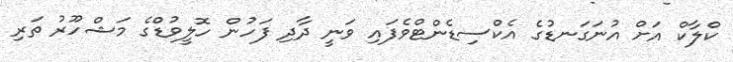
ކްލާކް އަށް އުނަގަނޑުގެ އެކްސިޑެންޓްވެފައި ވަނީ ދާދި ފަހުން ހޮލީވުޑްގެ މަޝްހޫރު ތަރި